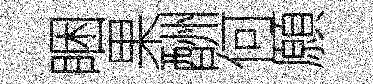
睏果酬何願